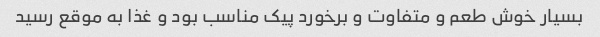
بسیار خوش طعم و متفاوت و برخورد پیک مناسب بود و غذا به موقع رسید